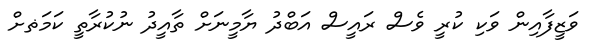
ވަޒީފާއިން ވަކި ކުރީ ވެސް ރައީސް އަބްދު ޔާމީނަށް ތާއީދު ނުކުރާތީ ކަމަޡށް